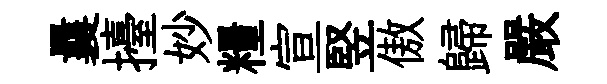
曩擡妙糧宣竪傲歸嚴